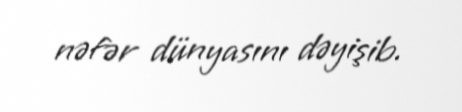
nəfər dünyasını dəyişib.